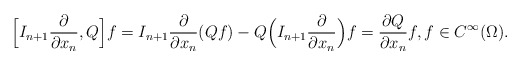
\begin{align*} \Bigl[I_{n+1}\frac{\partial }{\partial x_n},Q\Bigr]f = I_{n+1}\frac{\partial }{\partial x_n}(Qf) - Q \Bigl(I_{n+1}\frac{\partial }{\partial x_n}\Bigr)f = \frac{\partial Q}{\partial x_n}f,f\in C^{\infty}(\Omega). \end{align*}